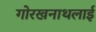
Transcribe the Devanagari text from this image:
गोरखनाथलाई